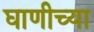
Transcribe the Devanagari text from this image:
घाणीच्या